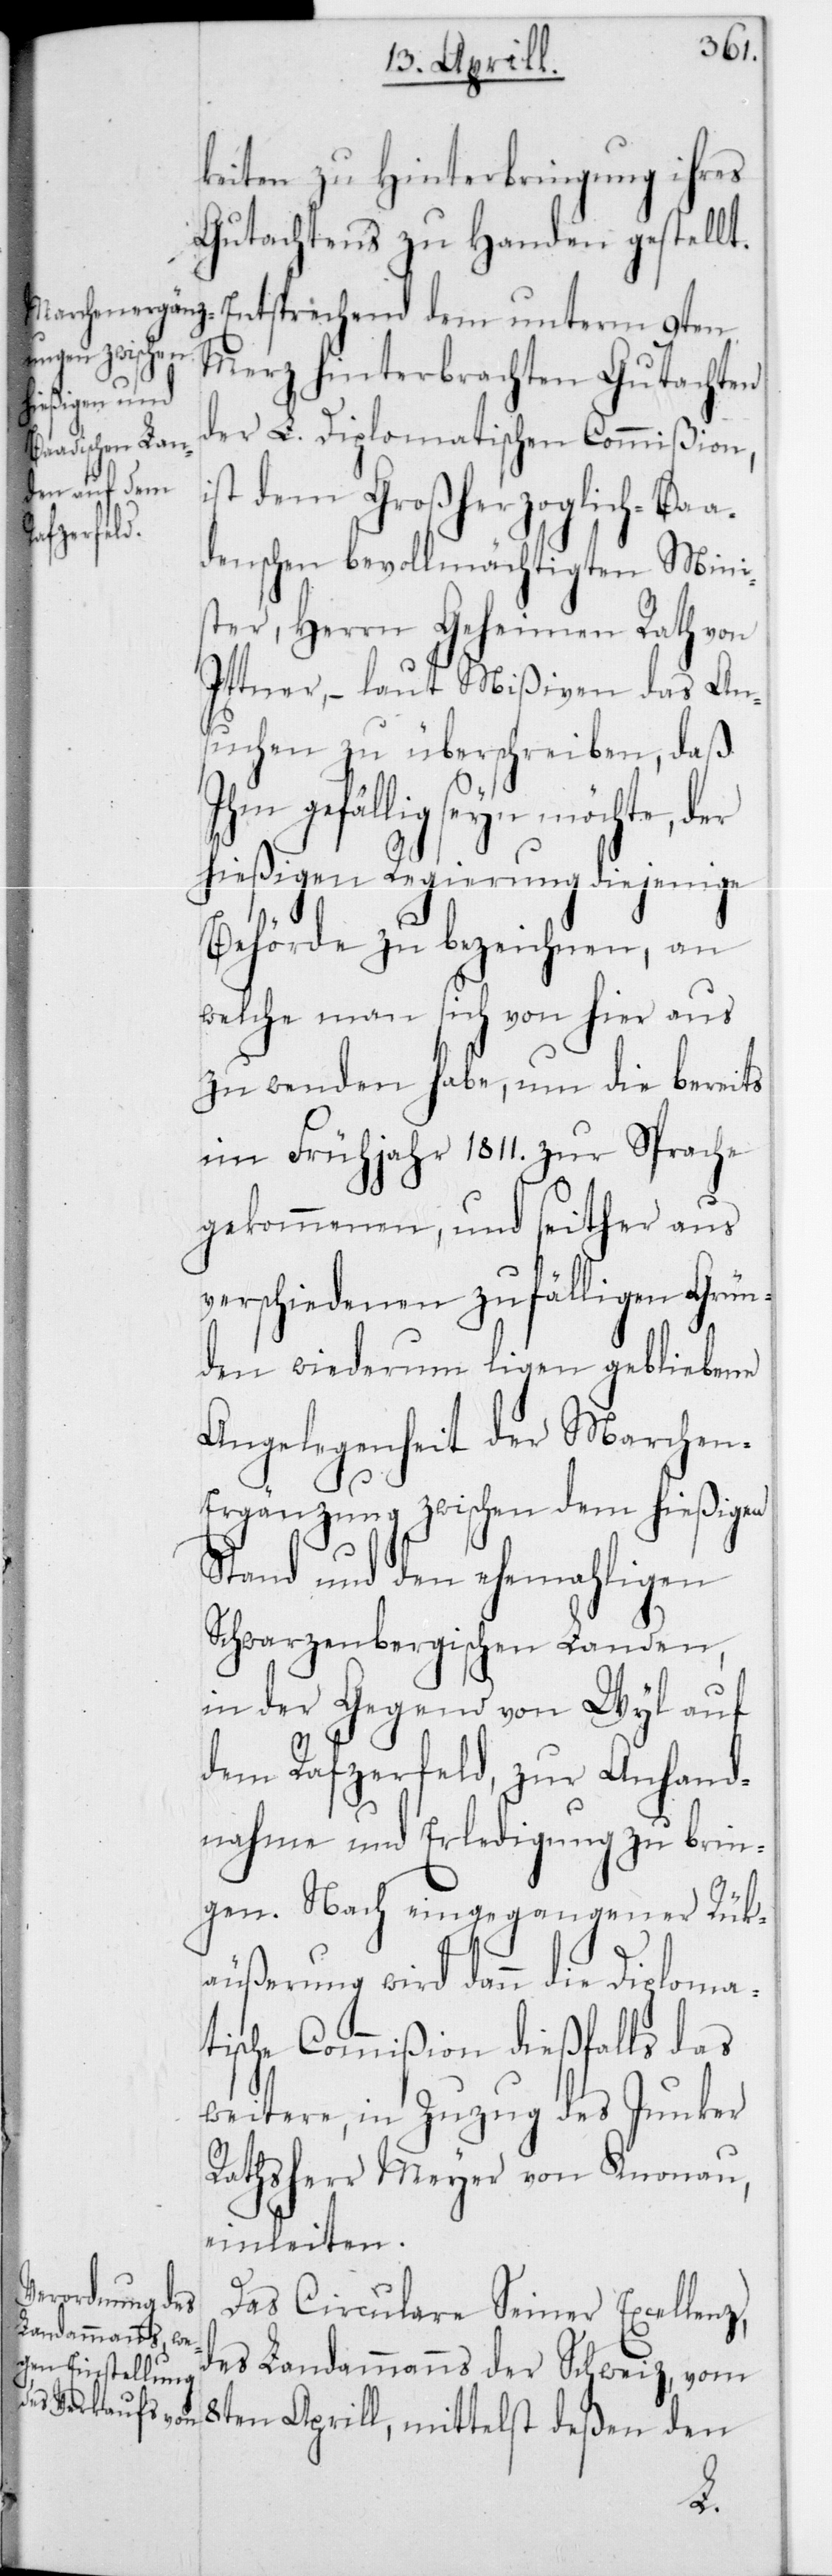
keiten zu Hinterbringung ihres
Gutachtens zu Handen gestellt.
Entsprechend
Merz hinterbrachten Gutachten
der L. Diplomatischen Commißion,
st dem Großherzoglich-Baa¬
denschen bevollmächtigten Mini¬
ster, Herrn Geheimen Rath von
Ittner, – laut Mißiven das An¬
suchen zu überschreiben, daß
Ihm gefällig seyn möchte, der
hießigen Regierung diejenige
Behörde zu bezeichnen, an
welche man sich von hier aus
zu wenden habe, um die bereits
im Frühjahr 1811 zur Sprache
gekommenen, und seither aus
verschiedenen zufälligen Grün¬
den wiederum liegen gebliebene
Angelegenheit der Marchen-E¬
rgänzung zwischen dem hießigen
Stand und den ehemahligen
Schwarzenbergischen Landen,
in der Gegend von Wyl auf
dem Rafzerfeld, zur Anhand¬
nahme und Erledigung zu brin¬
gen. Nach eingegangener Rük¬
äußerung wird dann die Diploma¬
tische Commißion dießfalls das
weitere, in Zuzug des Junker
Rathsherr Meyer von Knonau,
einleiten.
Das Circulare Seiner Excellenz,
des Landammanns der Schweiz, vom
8ten Aprill, mittelst deßen den
i¬